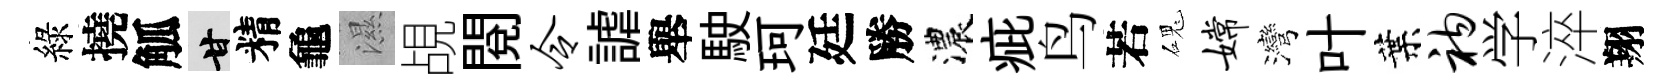
綠撓觚甘精龜濕覘閱令謔舉駛珂廷勝濃疵鸟若磈嫦灣叶葉衲学淬翔